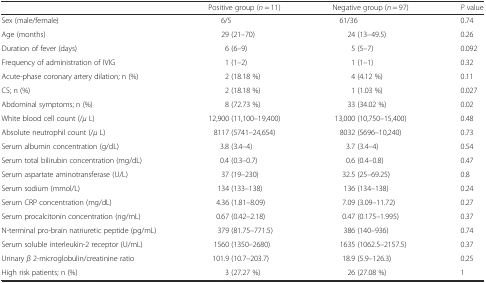
<table><thead><tr><td></td><td><b>Positive group (<i>n</i> = 11)</b></td><td><b>Negative group (<i>n</i> = 97)</b></td><td><b><i>P</i> value</b></td></tr></thead><tbody><tr><td>Sex (male/female)</td><td>6/5</td><td>61/36</td><td>0.74</td></tr><tr><td>Age (months)</td><td>29 (21–70)</td><td>24 (13–49.5)</td><td>0.26</td></tr><tr><td>Duration of fever (days)</td><td>6 (6–9)</td><td>5 (5–7)</td><td>0.092</td></tr><tr><td>Frequency of administration of IVIG</td><td>1 (1–2)</td><td>1 (1–1)</td><td>0.32</td></tr><tr><td>Acute-phase coronary artery dilation; n (%)</td><td>2 (18.18 %)</td><td>4 (4.12 %)</td><td>0.11</td></tr><tr><td>CS; n (%)</td><td>2 (18.18 %)</td><td>1 (1.03 %)</td><td>0.027</td></tr><tr><td>Abdominal symptoms; n (%)</td><td>8 (72.73 %)</td><td>33 (34.02 %)</td><td>0.02</td></tr><tr><td>White blood cell count (/<i>μ</i> L)</td><td>12,900 (11,100–19,400)</td><td>13,000 (10,750–15,400)</td><td>0.48</td></tr><tr><td>Absolute neutrophil count (/<i>μ</i> L)</td><td>8117 (5741–24,654)</td><td>8032 (5696–10,240)</td><td>0.73</td></tr><tr><td>Serum albumin concentration (g/dL)</td><td>3.8 (3.4–4)</td><td>3.7 (3.4–4)</td><td>0.54</td></tr><tr><td>Serum total bilirubin concentration (mg/dL)</td><td>0.4 (0.3–0.7)</td><td>0.6 (0.4–0.8)</td><td>0.47</td></tr><tr><td>Serum aspartate aminotransferase (U/L)</td><td>37 (19–230)</td><td>32.5 (25–69.25)</td><td>0.8</td></tr><tr><td>Serum sodium (mmol/L)</td><td>134 (133–138)</td><td>136 (134–138)</td><td>0.24</td></tr><tr><td>Serum CRP concentration (mg/dL)</td><td>4.36 (1.81–8.09)</td><td>7.09 (3.09–11.72)</td><td>0.27</td></tr><tr><td>Serum procalcitonin concentration (ng/mL)</td><td>0.67 (0.42–2.18)</td><td>0.47 (0.175–1.995)</td><td>0.37</td></tr><tr><td>N-terminal pro-brain natriuretic peptide (pg/mL)</td><td>379 (81.75–771.5)</td><td>386 (140–936)</td><td>0.74</td></tr><tr><td>Serum soluble interleukin-2 receptor (U/mL)</td><td>1560 (1350–2680)</td><td>1635 (1062.5–2157.5)</td><td>0.37</td></tr><tr><td>Urinary <i>β</i> 2-microglobulin/creatinine ratio</td><td>101.9 (10.7–203.7)</td><td>18.9 (5.9–126.3)</td><td>0.25</td></tr><tr><td>High risk patients; n (%)</td><td>3 (27.27 %)</td><td>26 (27.08 %)</td><td>1</td></tr></tbody></table>